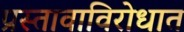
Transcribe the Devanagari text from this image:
प्रस्तावाविरोधात